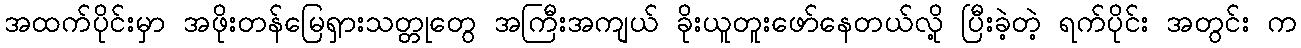
အထက်ပိုင်းမှာ အဖိုးတန်မြေရှားသတ္တုတွေ အကြီးအကျယ် ခိုးယူတူးဖော်နေတယ်လို့ ပြီးခဲ့တဲ့ ရက်ပိုင်း အတွင်း က